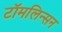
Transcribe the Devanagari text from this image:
टॉमलिन्सन